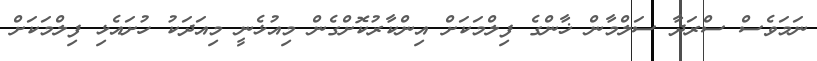
ނަމަވެސް ސްރަދާ ސަލްމާން ޚާންގެ ފިލްމަކަށް އިންކާރުކޮށްގެން މިއުޅެނީ މިއަދަކު ހުށައެޅި ފިލްމަކަށް